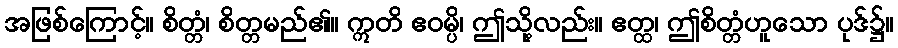
အဖြစ်ကြောင့်။ စိတ္တံ၊ စိတ္တမည်၏။ ဣတိ ဧဝမ္ပိ၊ ဤသို့လည်း။ ဧတ္ထ၊ ဤစိတ္တံဟူသော ပုဒ်၌။